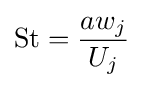
{\text{St}}={\dfrac {aw_{j}}{U_{j}}}